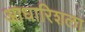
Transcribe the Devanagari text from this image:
आधारिशला